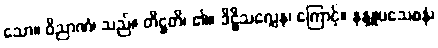
သော။ ဝိညာဏံ၊ သည်။ တိဋ္ဌတိ၊ ၏။ ဒိဋ္ဌိသလ္လေန၊ ကြောင့်။ နန္ဒူပသေစနံ၊